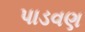
પાડવણ